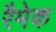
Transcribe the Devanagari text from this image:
रैमेक